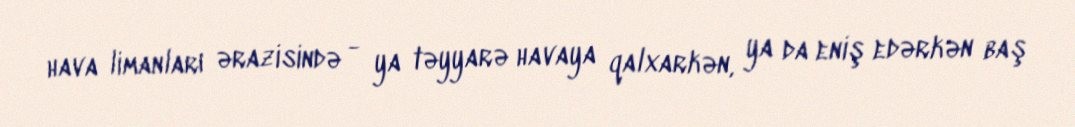
hava limanları ərazisində - ya təyyarə havaya qalxarkən, ya da eniş edərkən baş